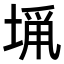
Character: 𭏁